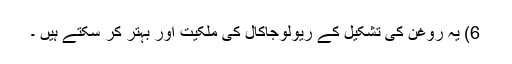
6) یہ روغن کی تشکیل کے ریولوجاکال کی ملکیت اور بہتر کر سکتے ہیں ۔